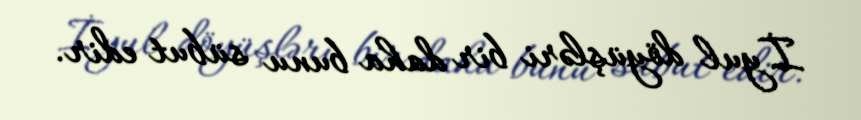
İyul döyüşləri bir daha bunu sübut edir.